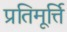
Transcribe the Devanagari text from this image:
प्रतिमूर्त्ति